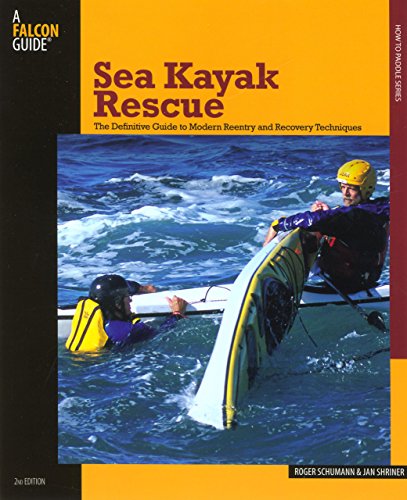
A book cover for Sea Kayak Rescue: The Definitive Guide To Modern Reentry And Recovery Techniques (How to Paddle Series); Roger Schumann; Sports & Outdoors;